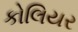
કોલિયર